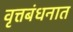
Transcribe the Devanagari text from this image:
वृत्तबंधनात